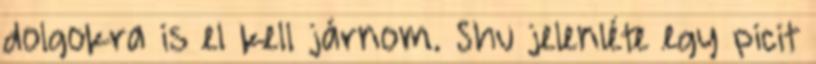
dolgokra is el kell járnom. Shu jelenléte egy picit